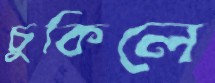
চুকিলে